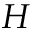
H